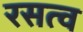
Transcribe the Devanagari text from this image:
रसत्व